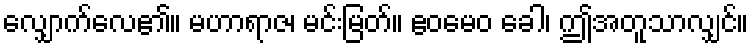
လျှောက်လေ၏။ မဟာရာဇ၊ မင်းမြတ်။ ဧဝမေဝ ခေါ၊ ဤအတူသာလျှင်။